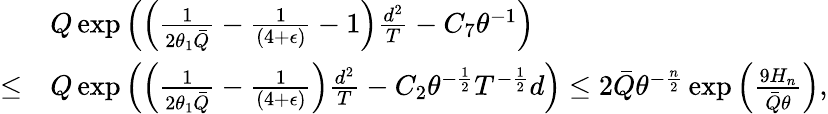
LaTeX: \begin{array}{rl}&{Q\exp\left(\left(\frac{1}{2\theta_{1}\bar{Q}}-\frac{1}{(4+\epsilon)}-1\right)\frac{d^{2}}{T}-C_{7}\theta^{-1}\right)}\\ {\le}&{Q\exp\left(\left(\frac{1}{2\theta_{1}\bar{Q}}-\frac{1}{(4+\epsilon)}\right)\frac{d^{2}}{T}-C_{2}\theta^{-\frac 12}T^{-\frac 12}d\right)\le 2\bar{Q}\theta^{-\frac n2}\exp\left(\frac{9H_{n}}{\bar{Q}\theta}\right),}\end{array}